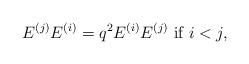
LaTeX: \begin{align*}E^{(j)}E^{(i)}=q^{2}E^{(i)}E^{(j)}\mbox{ if }i< j,\end{align*}